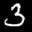
Digit: 3